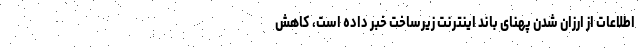
اطلاعات از ارزان شدن پهنای باند اینترنت زیرساخت خبر داده است، کاهش